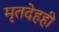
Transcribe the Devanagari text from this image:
मृतदेहही